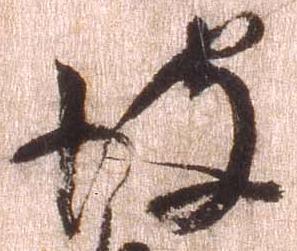
彼